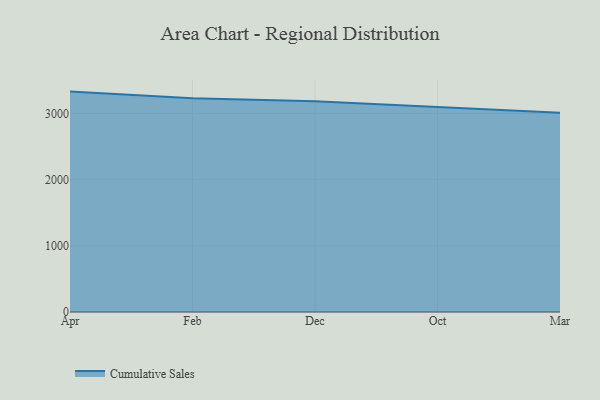
{"axis": {"x": "Month", "y": "Waste Production (Tons)"}, "legend": ["Cumulative Sales"], "data": [{"x": "Apr", "y": 3329.7, "type": "Cumulative Sales"}, {"x": "Feb", "y": 3227.4, "type": "Cumulative Sales"}, {"x": "Dec", "y": 3185.5, "type": "Cumulative Sales"}, {"x": "Oct", "y": 3100.4, "type": "Cumulative Sales"}, {"x": "Mar", "y": 3009.1, "type": "Cumulative Sales"}]}